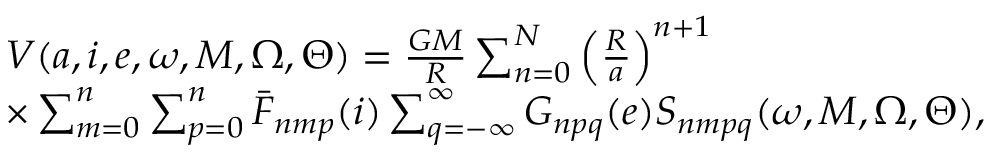
\begin{array} { r l } & { V ( a , i , e , \omega , M , \Omega , \Theta ) = \frac { G M } { R } \sum _ { n = 0 } ^ { N } \left( \frac { R } { a } \right) ^ { n + 1 } } \\ & { \times \sum _ { m = 0 } ^ { n } \sum _ { p = 0 } ^ { n } \bar { F } _ { n m p } ( i ) \sum _ { q = - \infty } ^ { \infty } G _ { n p q } ( e ) S _ { n m p q } ( \omega , M , \Omega , \Theta ) , } \end{array}